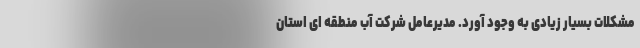
مشکلات بسیار زیادی به وجود آورد. مدیرعامل شرکت آب منطقه ای استان